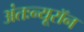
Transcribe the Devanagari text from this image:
अंतःन्यूरॉन